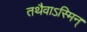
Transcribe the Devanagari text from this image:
तथैवाऽस्मिन्